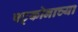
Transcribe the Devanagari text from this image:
षट्कोनाच्या